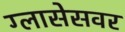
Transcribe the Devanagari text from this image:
ग्लासेसवर